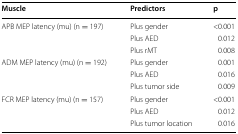
| Muscle | Predictors | p |
 | --- | --- | --- |
 | <ROWSPAN=3> APB MEP latency (mu) (n = 197) | Plus gender | <0.001 |
 | Plus AED | 0.012 |
 | Plus rMT | 0.008 |
 | <ROWSPAN=3> ADM MEP latency (mu) (n = 192) | Plus gender | 0.001 |
 | Plus AED | 0.016 |
 | Plus tumor side | 0.009 |
 | <ROWSPAN=3> FCR MEP latency (mu) (n = 157) | Plus gender | <0.001 |
 | Plus AED | 0.012 |
 | Plus tumor location | 0.016 |